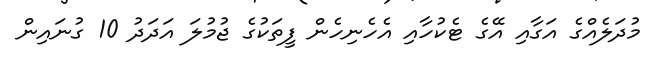
މުދަލެއްގެ އަގާއި އޭގެ ޓެކުހާއި އެހެނިހެން ފީތަކުގެ ޖުމުލަ އަދަދު 10 ގުނައިން